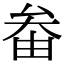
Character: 𡘞